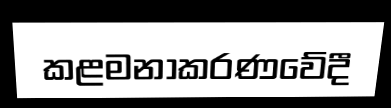
කළමනාකරණවේදී